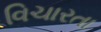
વિચારતા